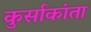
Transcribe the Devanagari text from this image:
कुर्साकांता